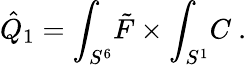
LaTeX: \hat{Q}_{1}=\int_{S^{6}}\! \tilde{F}\times\int_{S^{1}}\! C\ .